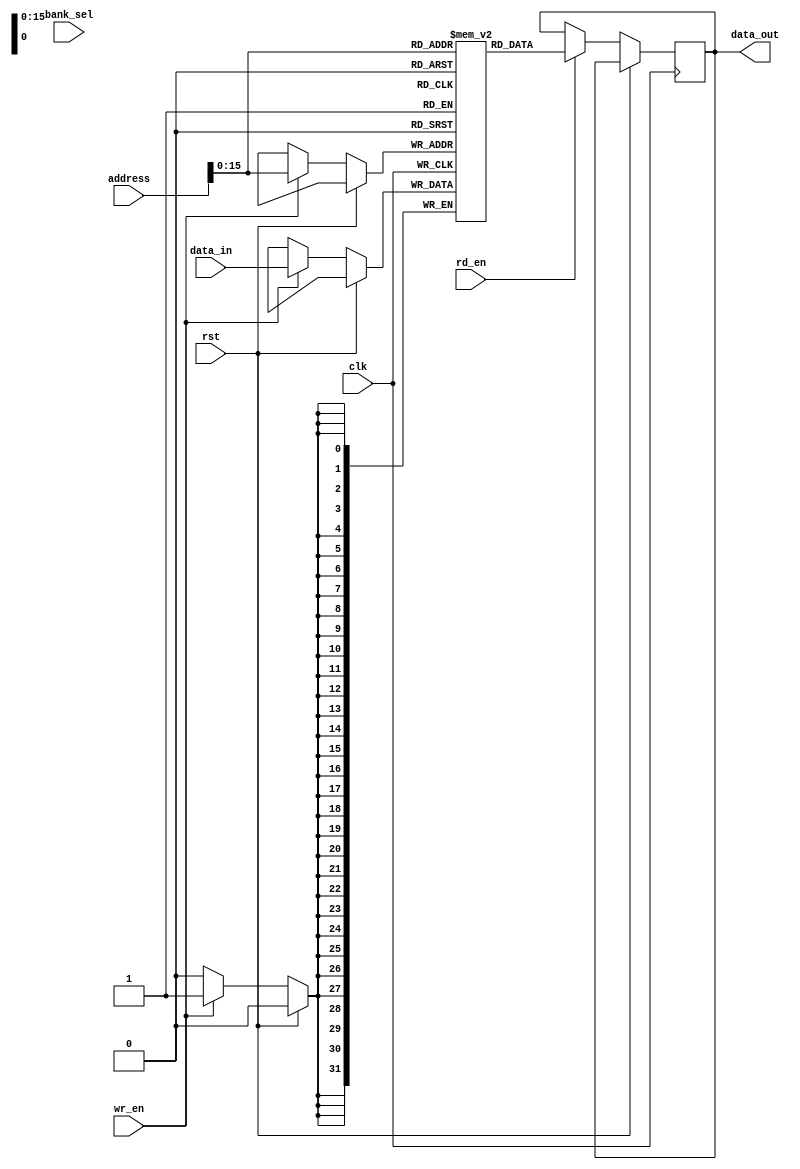
module DDR_SDRAM (
    input wire clk,
    input wire rst,
    input wire [31:0] address,
    input wire [31:0] data_in,
    output reg [31:0] data_out,
    input wire wr_en,
    input wire rd_en,
    input wire [1:0] bank_sel,
    // Other relevant input/output ports here
);

reg [31:0] memory [0:65535];

always @(posedge clk) begin
    if (rst) begin
        // Reset logic here
    end else begin
        if (wr_en) begin
            memory[address] <= data_in;
        end
        if (rd_en) begin
            data_out <= memory[address];
        end
    end
end

// Other necessary logic for address decoding, data input/output buffers, timing constraints, etc.

endmodule